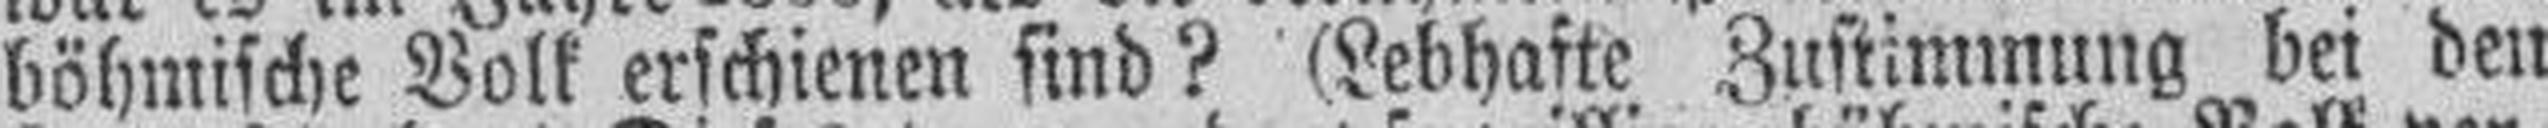
böhmische Volk erschienen sind? (Lebhafte Zustimmung bei den